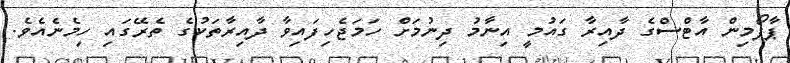
ޕާފޯމިން އާޓްސްގެ ދާއިރާ ގައުމީ އިނާމު ދިނުމަށް ހަމަޖެހިފައިވާ ދާއިރާތަކުގެ ތެރޭގައި ހިމެނެއެވެ.